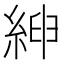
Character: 𦁴